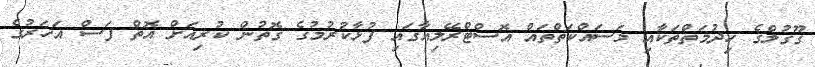
ގޫގުލްގެ ހިދުމަތްތަކާއި މަސައްކަތްތައް އޮސްޓްރޭލިއާގައި ފުޅާކުރުމުގެ ގޮތުން ކުރިއަށް އޮތް ފަސް އަހަރުގެ